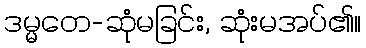
ဒမ္မတေ-ဆုံမခြင်း, ဆုံးမအပ်၏။